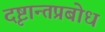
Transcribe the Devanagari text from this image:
दृष्टान्तप्रबोध